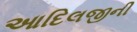
આદિલજીની